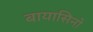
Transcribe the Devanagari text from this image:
बायासिनो